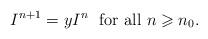
LaTeX: \begin{align*}I^{n+1} = y I^n ~\mbox{ for all } n \geqslant n_0.\end{align*}